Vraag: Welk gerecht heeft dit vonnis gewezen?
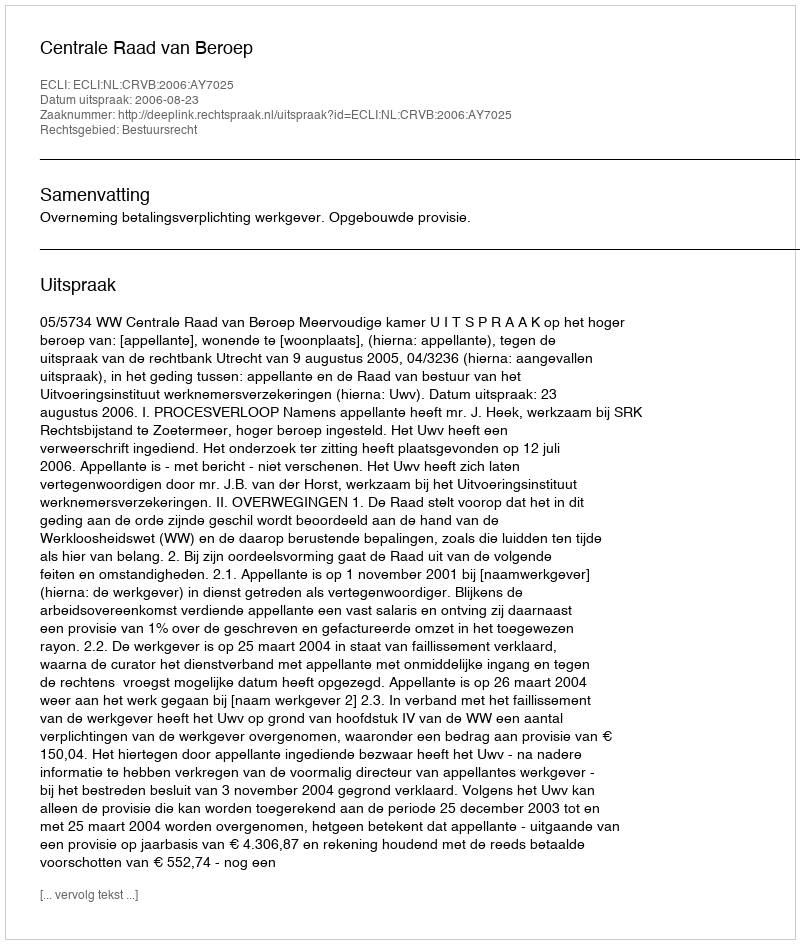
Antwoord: Centrale Raad van Beroep